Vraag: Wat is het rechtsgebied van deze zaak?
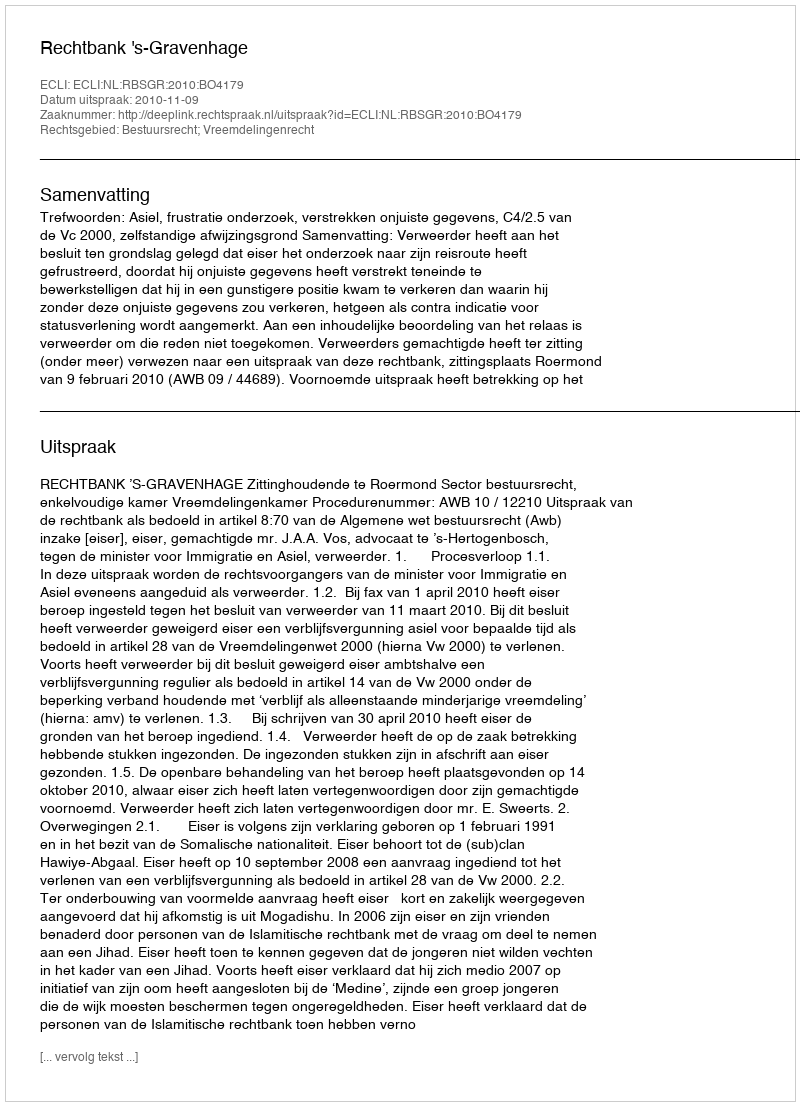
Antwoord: Bestuursrecht; Vreemdelingenrecht